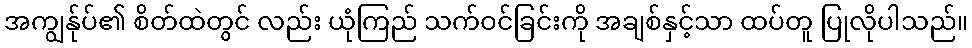
အကျွန်ုပ်၏ စိတ်ထဲတွင် လည်း ယုံကြည် သက်ဝင်ခြင်းကို အချစ်နှင့်သာ ထပ်တူ ပြုလိုပါသည်။